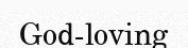
God-loving